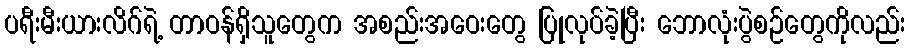
ပရီးမီးယားလိဂ်ရဲ့ တာဝန်ရှိသူတွေက အစည်းအဝေးတွေ ပြုလုပ်ခဲ့ပြီး ဘောလုံးပွဲစဉ်တွေကိုလည်း